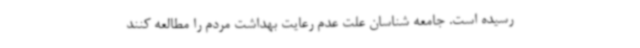
رسیده است. جامعه شناسان علت عدم رعایت بهداشت مردم را مطالعه کنند